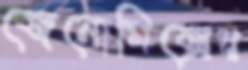
জেনোমিক্সের